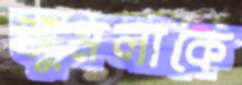
জুমলাকে